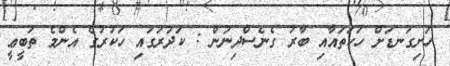
ހަށިގަނޑަށް ހަކަތައާއި ބާރު ގެނެސްދިނުން : ކަދުރުގައި ހަކުރުގެ އެންމެ ތަބީޢީ